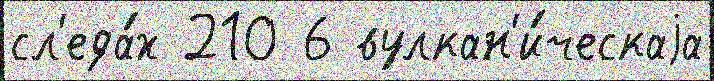
сл'еда́х 210 6 вулкан'и́ческаjа